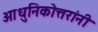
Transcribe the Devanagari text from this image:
आधुनिकोत्तरांनी